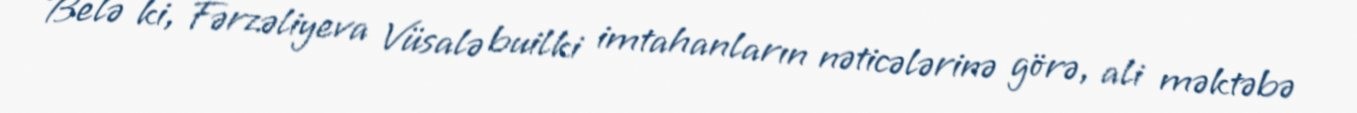
Belə ki, Fərzəliyeva Vüsalə builki imtahanların nəticələrinə görə, ali məktəbə